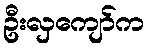
ဦးလှကျော်က